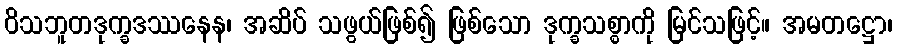
ဝိသဘူတဒုက္ခဒဿနေန၊ အဆိပ် သဖွယ်ဖြစ်၍ ဖြစ်သော ဒုက္ခသစ္စာကို မြင်သဖြင့်။ အမတဋ္ဌော၊